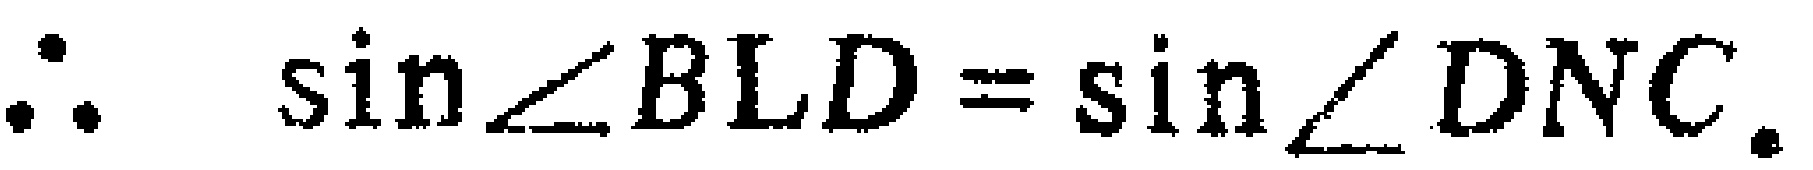
\(\therefore \sin\angle BLD = \sin\angle DNC.\)